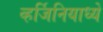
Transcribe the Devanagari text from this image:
व्हर्जिनियाध्ये